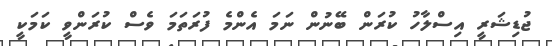
ޖުޑިޝަރީ އިސްލާހު ކުރަން ބޭނުން ނަމަ އެންމެ ފުރަތަމަ ވެސް ކުރަންވީ ކަމަކީ